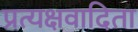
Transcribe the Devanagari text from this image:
प्रत्यक्षवादिता